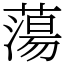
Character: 蕩